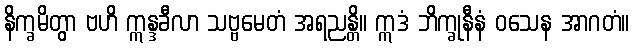
နိက္ခမိတွာ ဗဟိ ဣန္ဒခီလာ သဗ္ဗမေတံ အရညန္တိ။ ဣဒံ ဘိက္ခုနီနံ ဝသေန အာဂတံ။